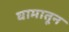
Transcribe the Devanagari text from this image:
घामातून